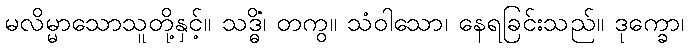
မလိမ္မာသောသူတို့နှင့်။ သဒ္ဓိံ၊ တကွ။ သံဝါသော၊ နေရခြင်းသည်။ ဒုက္ခော၊